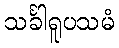
သင်္ခါရူပသမံ